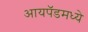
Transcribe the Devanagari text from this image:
आयपॅडमध्ये